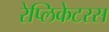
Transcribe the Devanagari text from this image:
रेप्लिकेटरस